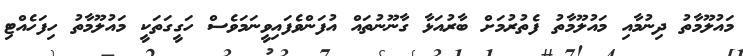
މައުލޫމާތު ދިނުމާއި މައުލޫމާތު ފެތުރުމަށް ބާރުއަޅާ ގާނޫނުތައް އުފަންވެފައިވީނަމަވެސް ހަގީގަތަކީ މައުލޫމާތު ހިފަހެއްޓި